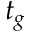
t _ { g }